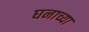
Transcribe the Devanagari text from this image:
घनाच्या